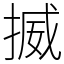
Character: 揻